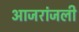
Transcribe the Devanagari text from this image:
आजरांजली